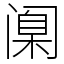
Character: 𫔶